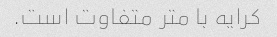
کرایه با متر متفاوت است.